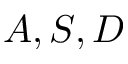
A , S , D